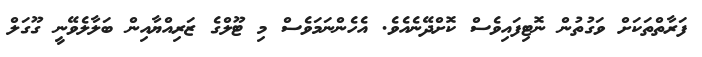
ފަރާތްތަކަށް ވަގުތުން ނޮޓިފައިވެސް ކޮށްދޭނެއެވެ. އެހެންނަމަވެސް މި ޓޫލްގެ ޒަރިއްޔާއިން ބަލާލެވޭނީ ގޫގަލް